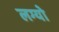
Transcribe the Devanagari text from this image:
लग्यो